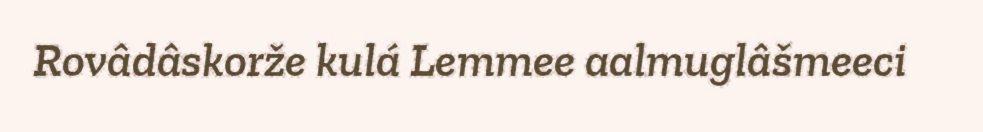
Rovâdâskorže kulá Lemmee aalmuglâšmeeci